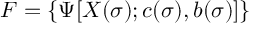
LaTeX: { \cal F } = \{ \Psi [ X ( \sigma ) ; c ( \sigma ) , b ( \sigma ) ] \}